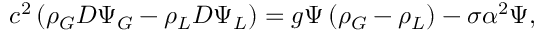
c ^ { 2 } \left( \rho _ { G } D \Psi _ { G } - \rho _ { L } D \Psi _ { L } \right) = g \Psi \left( \rho _ { G } - \rho _ { L } \right) - \sigma \alpha ^ { 2 } \Psi ,